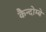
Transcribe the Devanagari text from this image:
कैन्दोम्बे